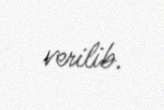
verilib.